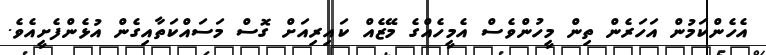
އެހެންކަމުން އަހަރެން ތިން މީހުންވެސް އެމީހެއްގެ މޭޒެއް ކައިރިއަށް ގޮސް މަސައްކަތާއިގެން އުޅެންފެށީއެވެ.